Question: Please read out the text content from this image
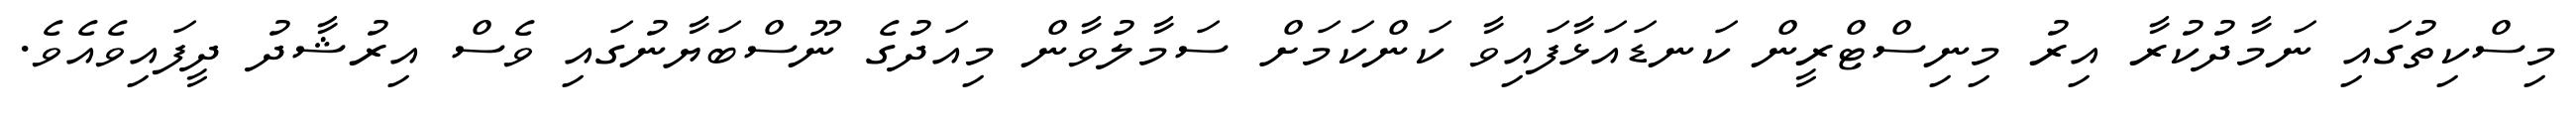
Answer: މިސްކިތުގައި ނަމާދުކުރާ އިރު މިނިސްޓްރީން ކަނޑައަޅާފައިވާ ކަންކަމަށް ސަމާލުވާން މިއަދުގެ ނޫސްބަޔާނުގައި ވެސް އިރުޝާދު ދީފައިވެއެވެ.